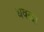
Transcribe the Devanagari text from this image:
धवळा